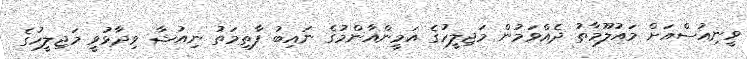
ވީނިއުސްއަށް މައުލޫމާތު ދެއްވަމުން މަޖިލީހުގެ އަމީންއާންމުގެ ނައިބު ފާތިމަތު ނިއުޝާ ވިދާޅުވީ މަޖިލީހުގެ